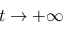
t \to + \infty